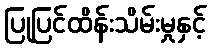
ပြုပြင်ထိန်းသိမ်းမှုနှင့်